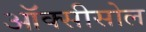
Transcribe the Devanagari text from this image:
ऑक्सीसोल